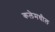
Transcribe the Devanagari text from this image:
कलेमधील